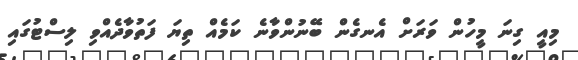
މިއީ ގިނަ މީހުން ވަރަށް އެނގެން ބޭނުންވާނެ ކަމެއް ތިޔަ ފަތުވާދެއްވި ލިސްޓުގައި